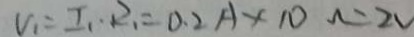
V _ { 1 } = I _ { 1 } R _ { 1 } = 0 . 2 A \times 1 0 \Omega = 2 V